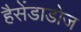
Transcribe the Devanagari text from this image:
हैसेंडाडोज